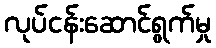
လုပ်ငန်းဆောင်ရွက်မှု